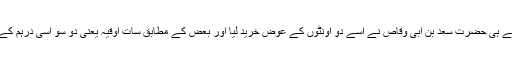
لیکن مجھ سے پہلے ہی حضرت سعد بن ابی وقاصؓ نے اسے دو اونٹوں کے عوض خرید لیا اور بعض کے مطابق سات اَوْقِیَہ یعنی دو سو اسّی درہم کے عوض خریدا تھا۔